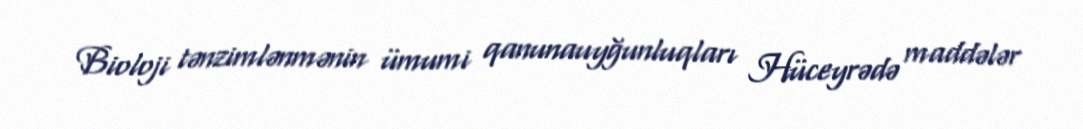
Bioloji tənzimlənmənin ümumi qanunauyğunluqları Hüceyrədə maddələr